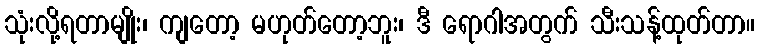
သုံးလို့ရတာမျိုး၊ ကျတော့ မဟုတ်တော့ဘူး၊ ဒီ ရောဂါအတွက် သီးသန့်ထုတ်တာ။